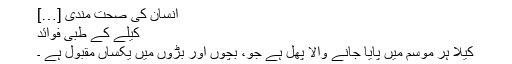
انسان کی صحت مندی […]
کیلے کے طبی فوائد
کیلا ہر موسم میں پایا جانے والا پھل ہے جو، بچوں اور بڑوں میں یکساں مقبول ہے ۔